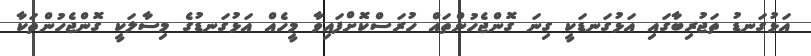
އަޅުގަނޑު ތަޖުރިބާގައި އަޅުގަނޑަކީ ގިނަ ގޮންޖެހުންތައް ހުރަސްކޮށްފައިވާ މީހެއް އަޅުގަނޑުގެ މިސާލަކީ ގޮންޖެހުންތަކާ